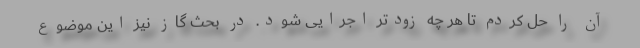
آن را حل کردم تا هر چه زودتر اجرایی شود. در بحث گاز نیز این موضوع